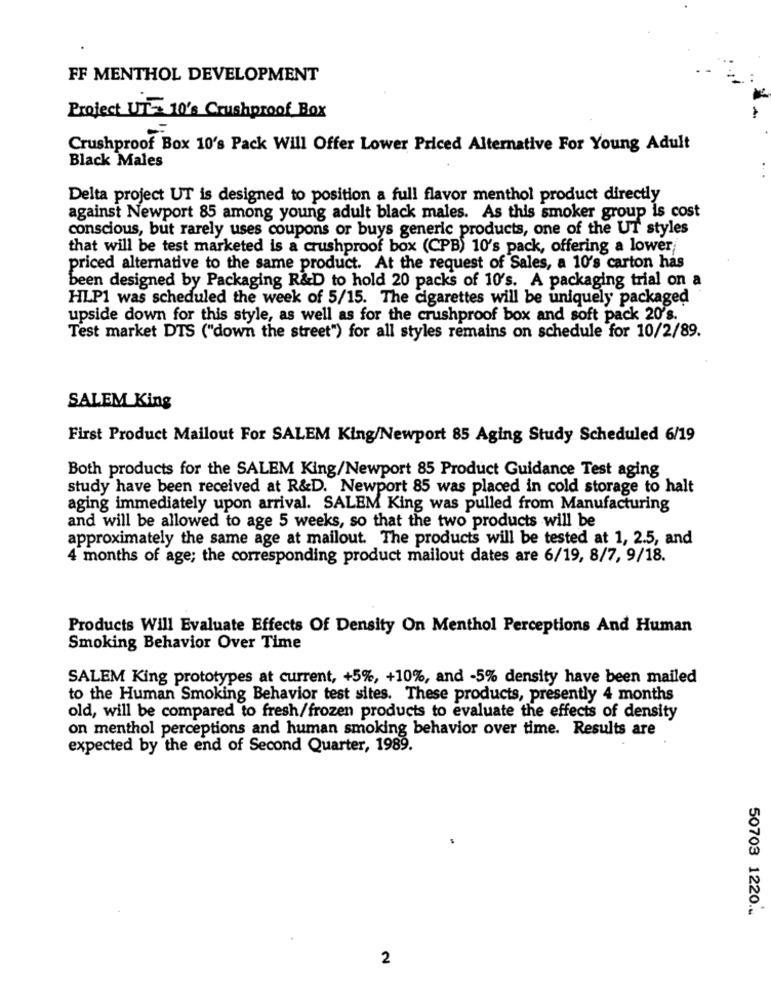
FF MENTHOL DEVELOPMENT
Project UT 10's Crushproof Box
Crushproof Box 10's Pack Will Offer Lower Priced Alternative For Young Adult
Black Males
Delta project UT is designed to position a full flavor menthol product directly
against Newport 85 among young adult black males. As this smoker group is cost
conscious, but rarely uses coupons or buys generic products, one of the UT styles
that will be test marketed is a crushproof box (CPB) 10's pack, offering a lower
priced alternative to the same product. At the request of Sales, a 10's carton has
been designed by Packaging R&D to hold 20 packs of 10's. A packaging trial on a
HLP1 was scheduled the week of 5/15. The cigarettes will be uniquely packaged
upside down for this style, as well as for the crushproof box and soft pack 20's.
Test market DTS ("down the street") for all styles remains on schedule for 10/2/89.
SALEM King
First Product Mailout For SALEM King/Newport 85 Aging Study Scheduled 6/19
Both products for the SALEM King/Newport 85 Product Guidance Test aging
study have been received at R&D. Newport 85 was placed in cold storage to halt
aging immediately upon arrival. SALEM King was pulled from Manufacturing
and will be allowed to age 5 weeks, so that the two products will be
approximately the same age at mailout. The products will be tested at 1, 2.5, and
4 months of age; the corresponding product mailout dates are 6/19, 8/7, 9/18.
Products Will Evaluate Effects Of Density On Menthol Perceptions And Human
Smoking Behavior Over Time
SALEM King prototypes at current, +5%, +10%, and -5% density have been mailed
to the Human Smoking Behavior test sites. These products, presently 4 months
old, will be compared to fresh/frozen products to evaluate the effects of density
on menthol perceptions and human smoking behavior over time. Results are
expected by the end of Second Quarter, 1989.
50703 1220 ...
2